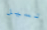
تسيل